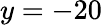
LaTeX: y=-20